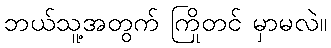
ဘယ်သူ့အတွက် ကြိုတင် မှာမလဲ။